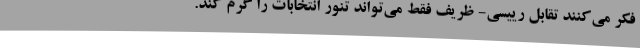
فکر می‌کنند تقابل رییسی- ظریف فقط می‌تواند تنور انتخابات را گرم کند.